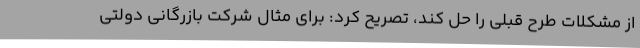
از مشکلات طرح قبلی را حل کند، تصریح کرد: برای مثال شرکت بازرگانی دولتی